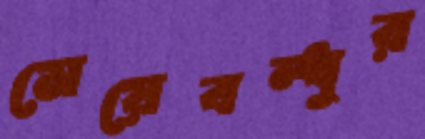
মেয়েবন্ধুর